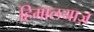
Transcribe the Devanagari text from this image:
हिमालयाज़